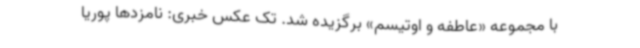
با مجموعه «عاطفه و اوتیسم» برگزیده شد. تک عکس خبری: نامزدها پوریا